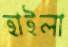
হাইলা